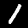
Digit: 1